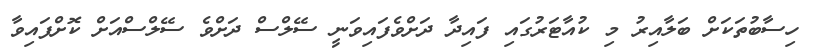
ހިސާބުތަކަށް ބަލާއިރު މި ކުއާޓަރުގައި ފައިދާ ދަށްވެފައިވަނީ ސޭލްސް ދަށްވެ ސޭލްސްއަށް ކޮށްފައިވާ